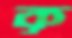
কৃ